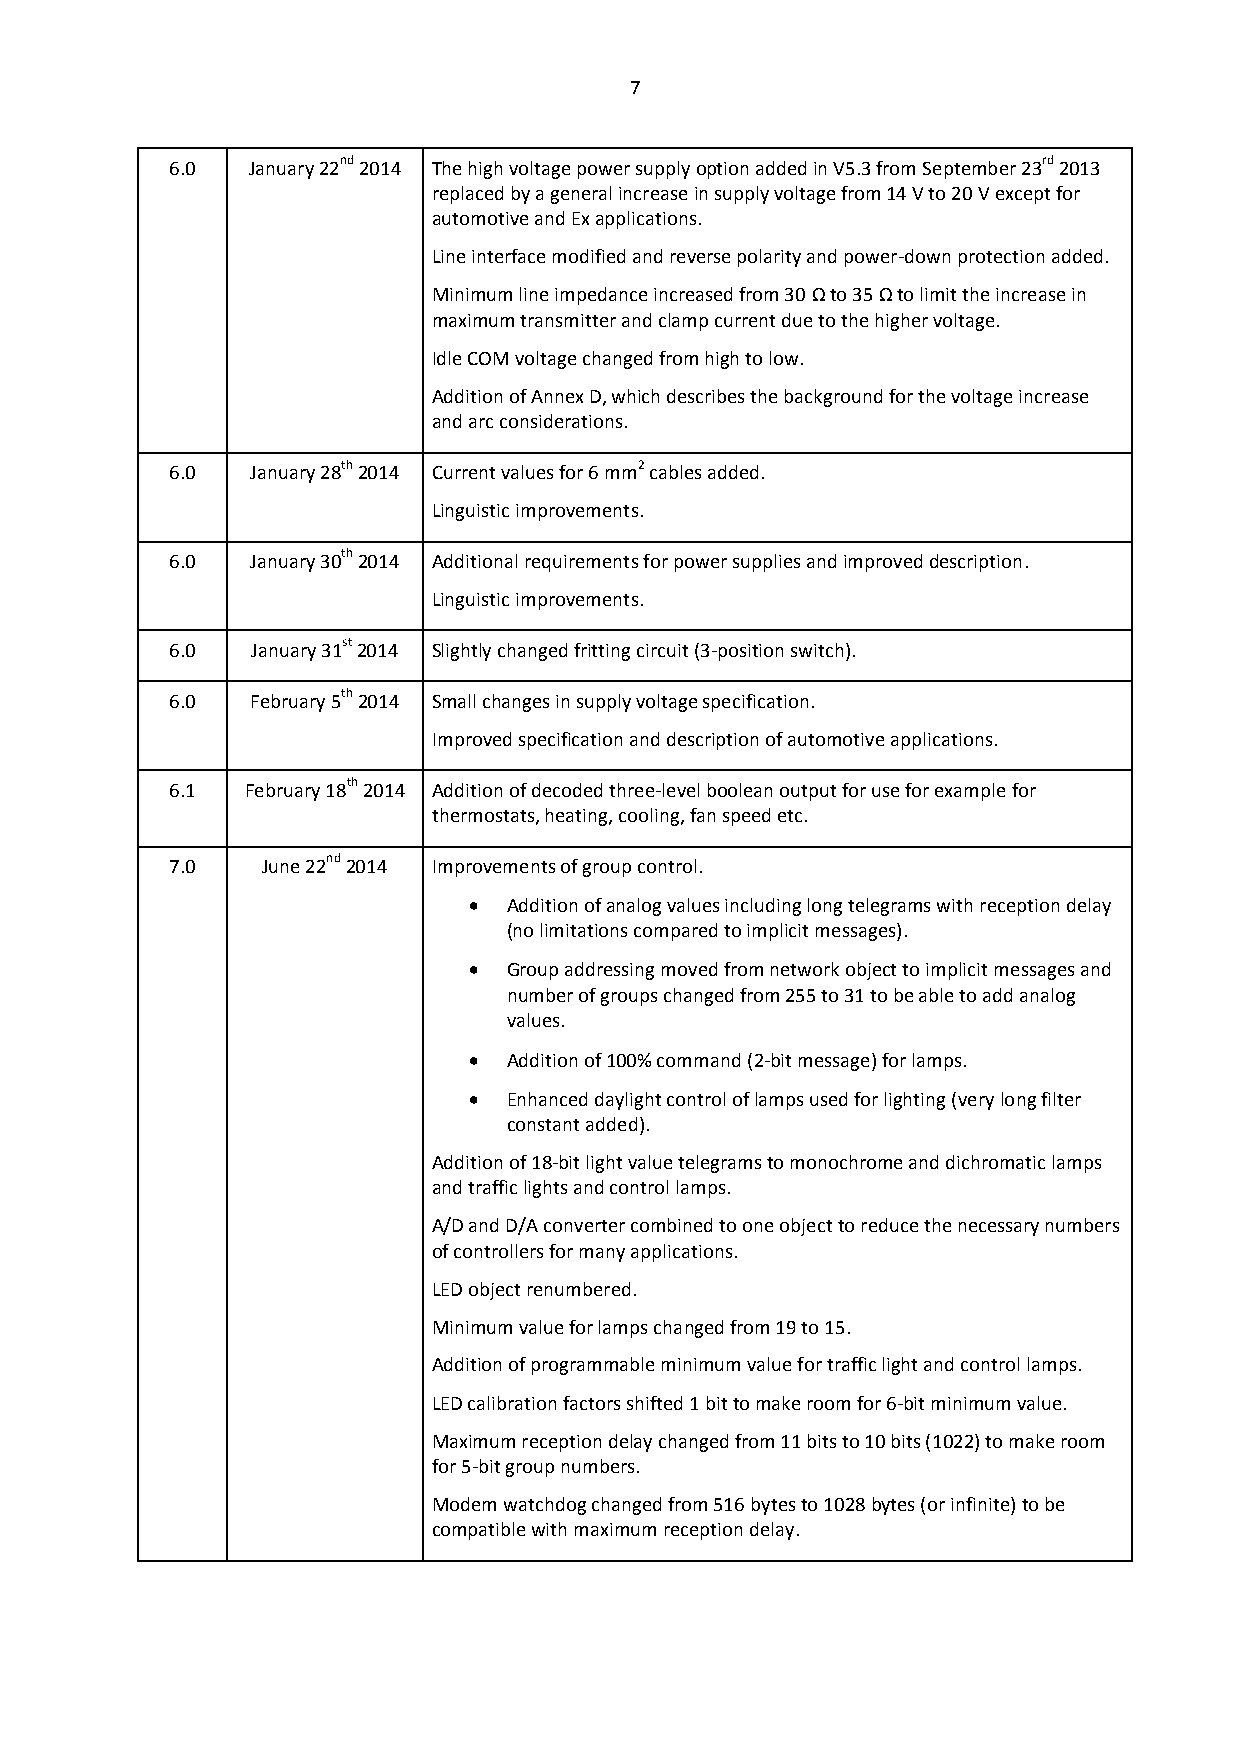
7
 6.0  January 22nd 2014 The high voltage power supply option added in V5.3 from September 23rd 2013
 replaced by a general increase in supply voltage from 14 V to 20 V except for
 automotive and Ex applications.
 Line interface modified and reverse polarity and power-down protection added.
 Minimum line impedance increased from 30 Ω to 35 Ω to limit the increase in
 maximum transmitter and clamp current due to the higher voltage.
 Idle COM voltage changed from high to low.
 Addition of Annex D, which describes the background for the voltage increase
 and arc considerations.
 6.0   January 28th 2014 Current values for 6 mm2 cables added.
 Linguistic improvements.
 6.0   January 30th 2014 Additional requirements for power supplies and improved description.
 Linguistic improvements.
 6.0   January 31st 2014 Slightly changed fritting circuit (3-position switch).
 6.0   February 5th 2014 Small changes in supply voltage specification.
 Improved specification and description of automotive applications.
 6.1  February 18th 2014 Addition of decoded three-level boolean output for use for example for
 thermostats, heating, cooling, fan speed etc.
 7.0   June 22nd 2014 Improvements of group control.
   Addition of analog values including long telegrams with reception delay
 (no limitations compared to implicit messages).
   Group addressing moved from network object to implicit messages and
 number of groups changed from 255 to 31 to be able to add analog
 values.
   Addition of 100% command (2-bit message) for lamps.
   Enhanced daylight control of lamps used for lighting (very long filter
 constant added).
 Addition of 18-bit light value telegrams to monochrome and dichromatic lamps
 and traffic lights and control lamps.
 A/D and D/A converter combined to one object to reduce the necessary numbers
 of controllers for many applications.
 LED object renumbered.
 Minimum value for lamps changed from 19 to 15.
 Addition of programmable minimum value for traffic light and control lamps.
 LED calibration factors shifted 1 bit to make room for 6-bit minimum value.
 Maximum reception delay changed from 11 bits to 10 bits (1022) to make room
 for 5-bit group numbers.
 Modem watchdog changed from 516 bytes to 1028 bytes (or infinite) to be
 compatible with maximum reception delay.